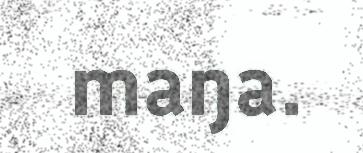
maŋa.